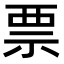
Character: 票